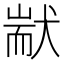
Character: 𤟮